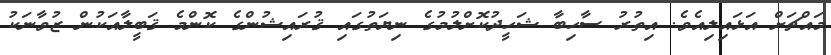
މައްޗަށް އަޅައިލިއެވެ. އިތުރު ސާހިބާ ޝަހީދުކޮށްލުމުގެ ނިޔަތުގައި ޤުރައިޝުންގެ ކޮންމެ ޤަބީލާއަކުން ޒުވާނަކު